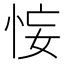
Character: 𢙗